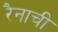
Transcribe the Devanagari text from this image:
रैनाची